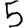
Digit: 5